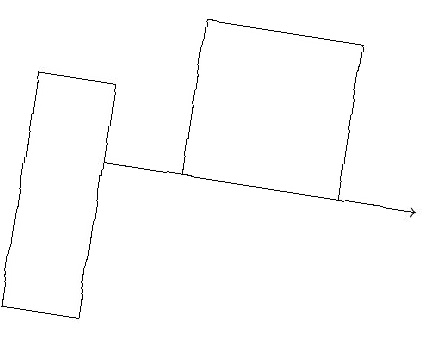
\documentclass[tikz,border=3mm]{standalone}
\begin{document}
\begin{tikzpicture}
\draw[->] (2,12) -- (6,12);
\draw (5,14) rectangle (3,12);
\draw (1,10) rectangle (2,13);
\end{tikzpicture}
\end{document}